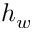
h _ { w }